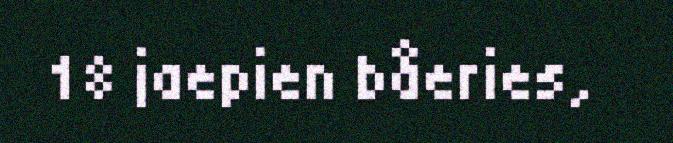
18 jaepien båeries,